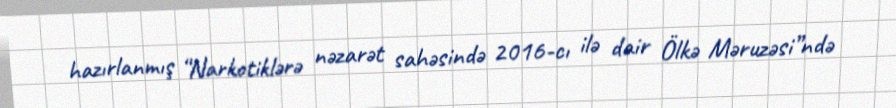
hazırlanmış “Narkotiklərə nəzarət sahəsində 2016-cı ilə dair Ölkə Məruzəsi”ndə